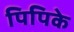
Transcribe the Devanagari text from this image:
पिपिके